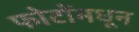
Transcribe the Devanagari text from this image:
फोटोंमधून